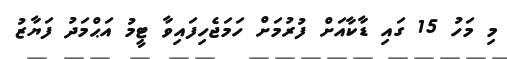
މި މަހު 15 ގައި ޑާކާއަށް ފުރުމަށް ހަމަޖެހިފައިވާ ޓީމު އަޙްމަދު ފަޔާޒު